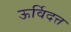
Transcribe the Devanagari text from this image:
ऊर्विदत्त